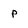
Character: p